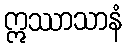
ဣဿာသာနံ